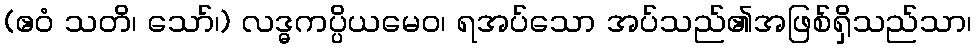
(ဧဝံ သတိ၊ သော်၊) လဒ္ဓကပ္ပိယမေဝ၊ ရအပ်သော အပ်သည်၏အဖြစ်ရှိသည်သာ၊